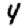
Digit: 4